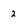
Character: 2